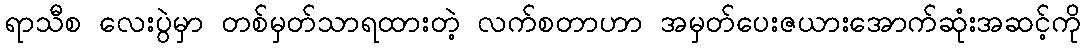
ရာသီစ လေးပွဲမှာ တစ်မှတ်သာရထားတဲ့ လက်စတာဟာ အမှတ်ပေးဇယားအောက်ဆုံးအဆင့်ကို